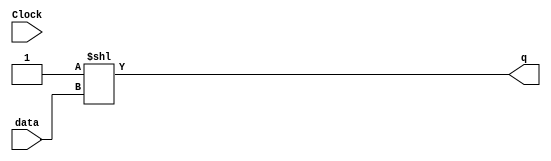
module decoderRB (
  input Clock,
  input [2:0] data,
  output reg [7:0] q
);

  always @(data)
    q <= 8'b1 << data;

endmodule